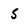
Character: 5